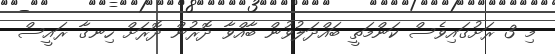
މި 3 ރަށުގައިވެސް ކަންމަތީ ބައްދަލުވުން ބާއްވާ ދޮރުން ދޮރަށް ހިނގާ ރައީސް